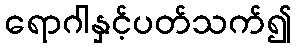
ရောဂါနှင့်ပတ်သက်၍